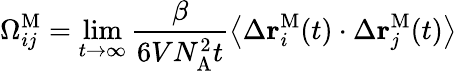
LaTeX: \Omega_{ij}^{\mathrm{M}}=\operatorname*{lim}_{t\to\infty}\frac{\beta}{6VN_{\mathrm{A}}^{2}t}\left\langle\Delta\mathbf{r}_{i}^{\mathrm{M}}(t)\cdot\Delta\mathbf{r}_{j}^{\mathrm{M}}(t)\right\rangle